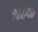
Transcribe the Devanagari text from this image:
१८८९७